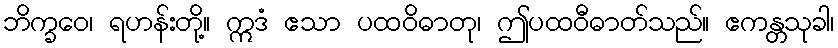
ဘိက္ခဝေ၊ ရဟန်းတို့။ ဣဒံ ဧသာ ပထဝိဓာတု၊ ဤပထဝီဓာတ်သည်။ ဧကန္တသုခါ၊